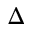
\Delta